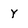
Character: Y